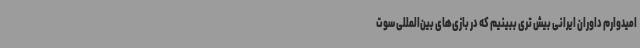
امیدوارم داوران ایرانی بیش تری ببینیم که در بازی‌های بین‌المللی سوت